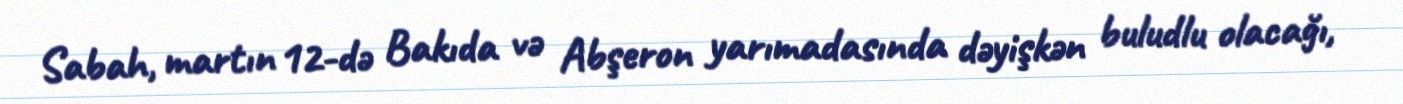
Sabah, martın 12-də Bakıda və Abşeron yarımadasında dəyişkən buludlu olacağı,